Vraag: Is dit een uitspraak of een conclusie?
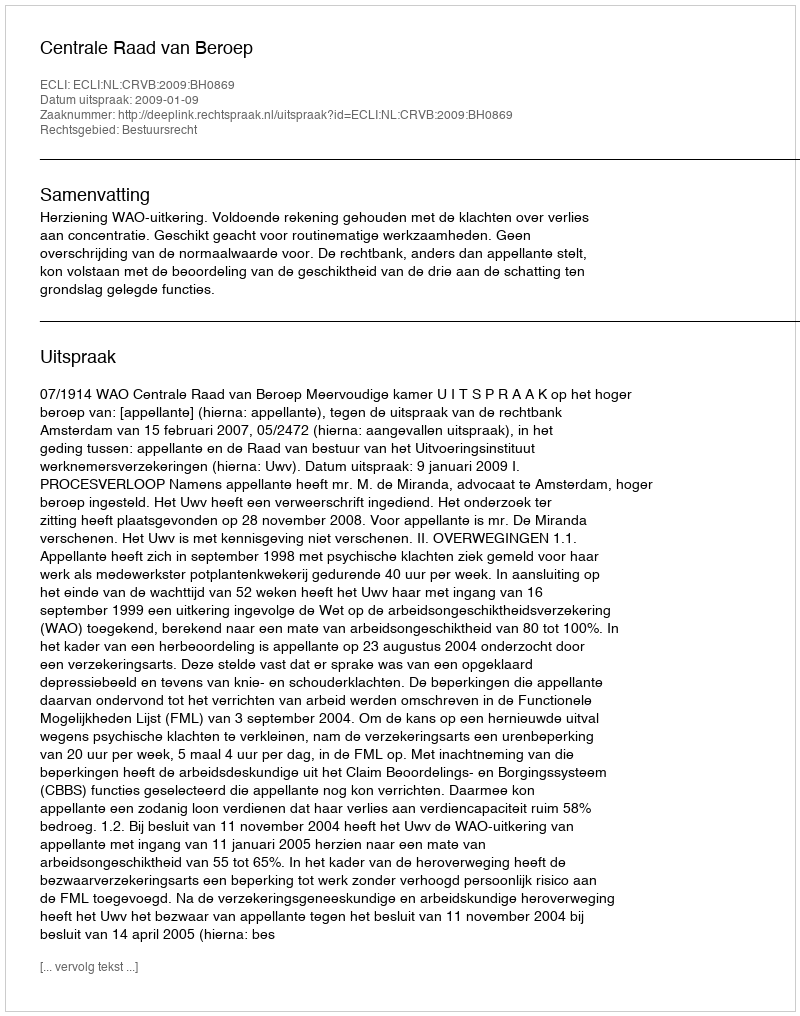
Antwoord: Uitspraak